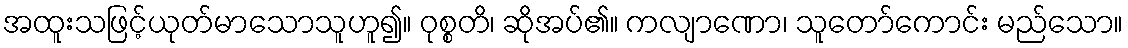
အထူးသဖြင့်ယုတ်မာသောသူဟူ၍။ ဝုစ္စတိ၊ ဆိုအပ်၏။ ကလျာဏော၊ သူတော်ကောင်း မည်သော။